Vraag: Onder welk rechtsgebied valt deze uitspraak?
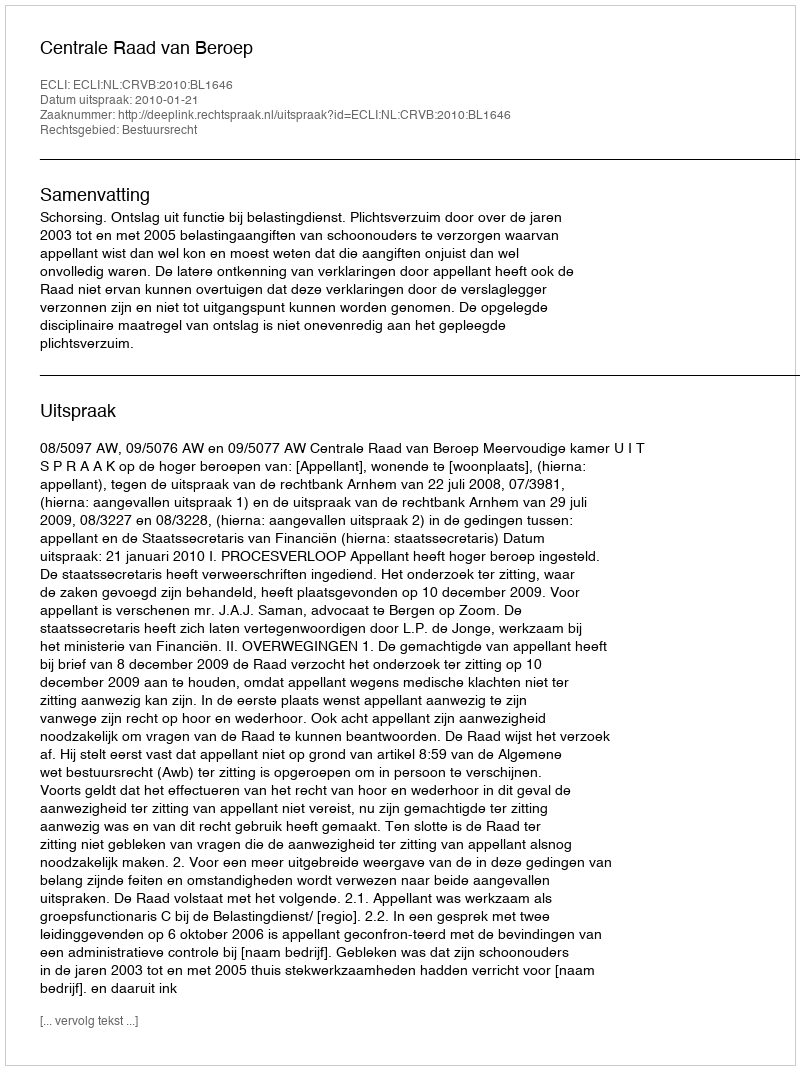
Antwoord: Bestuursrecht